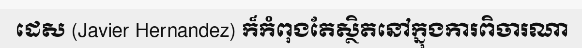
ដេស (Javier Hernandez) ក៏កំពុងតែស្ថិតនៅក្នុងការពិចារណា